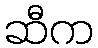
ဆီက